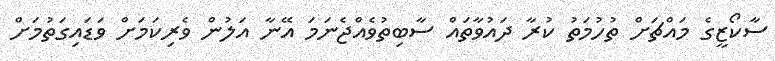
ސާކޯޒީގެ މައްޗަށް ތުހުމަތު ކުރާ ދައުވާތައް ސާބިތުވެއްޖެނަމަ އޭނާ އަލުން ވެރިކަމަށް ވަޑައިގަތުމަށް